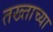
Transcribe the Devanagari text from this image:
तख्ताच्या